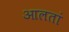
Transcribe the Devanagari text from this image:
आलतां